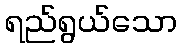
ရည်ရွယ်သော